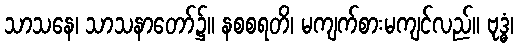
သာသနေ၊ သာသနာတော်၌။ နစစရတိ၊ မကျက်စားမကျင်လည်။ ဗုဒ္ဓံ၊